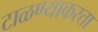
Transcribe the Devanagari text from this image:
टाळण्याकरता